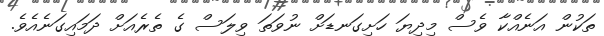
ތަކުން އަނެއްކާ ވެސް މިދިޔަ ހަށިގަނޑަށް ނުވަތަ ވިލަސް ގެ ތެރެއަށް ދަމައިގަނެއެވެ.